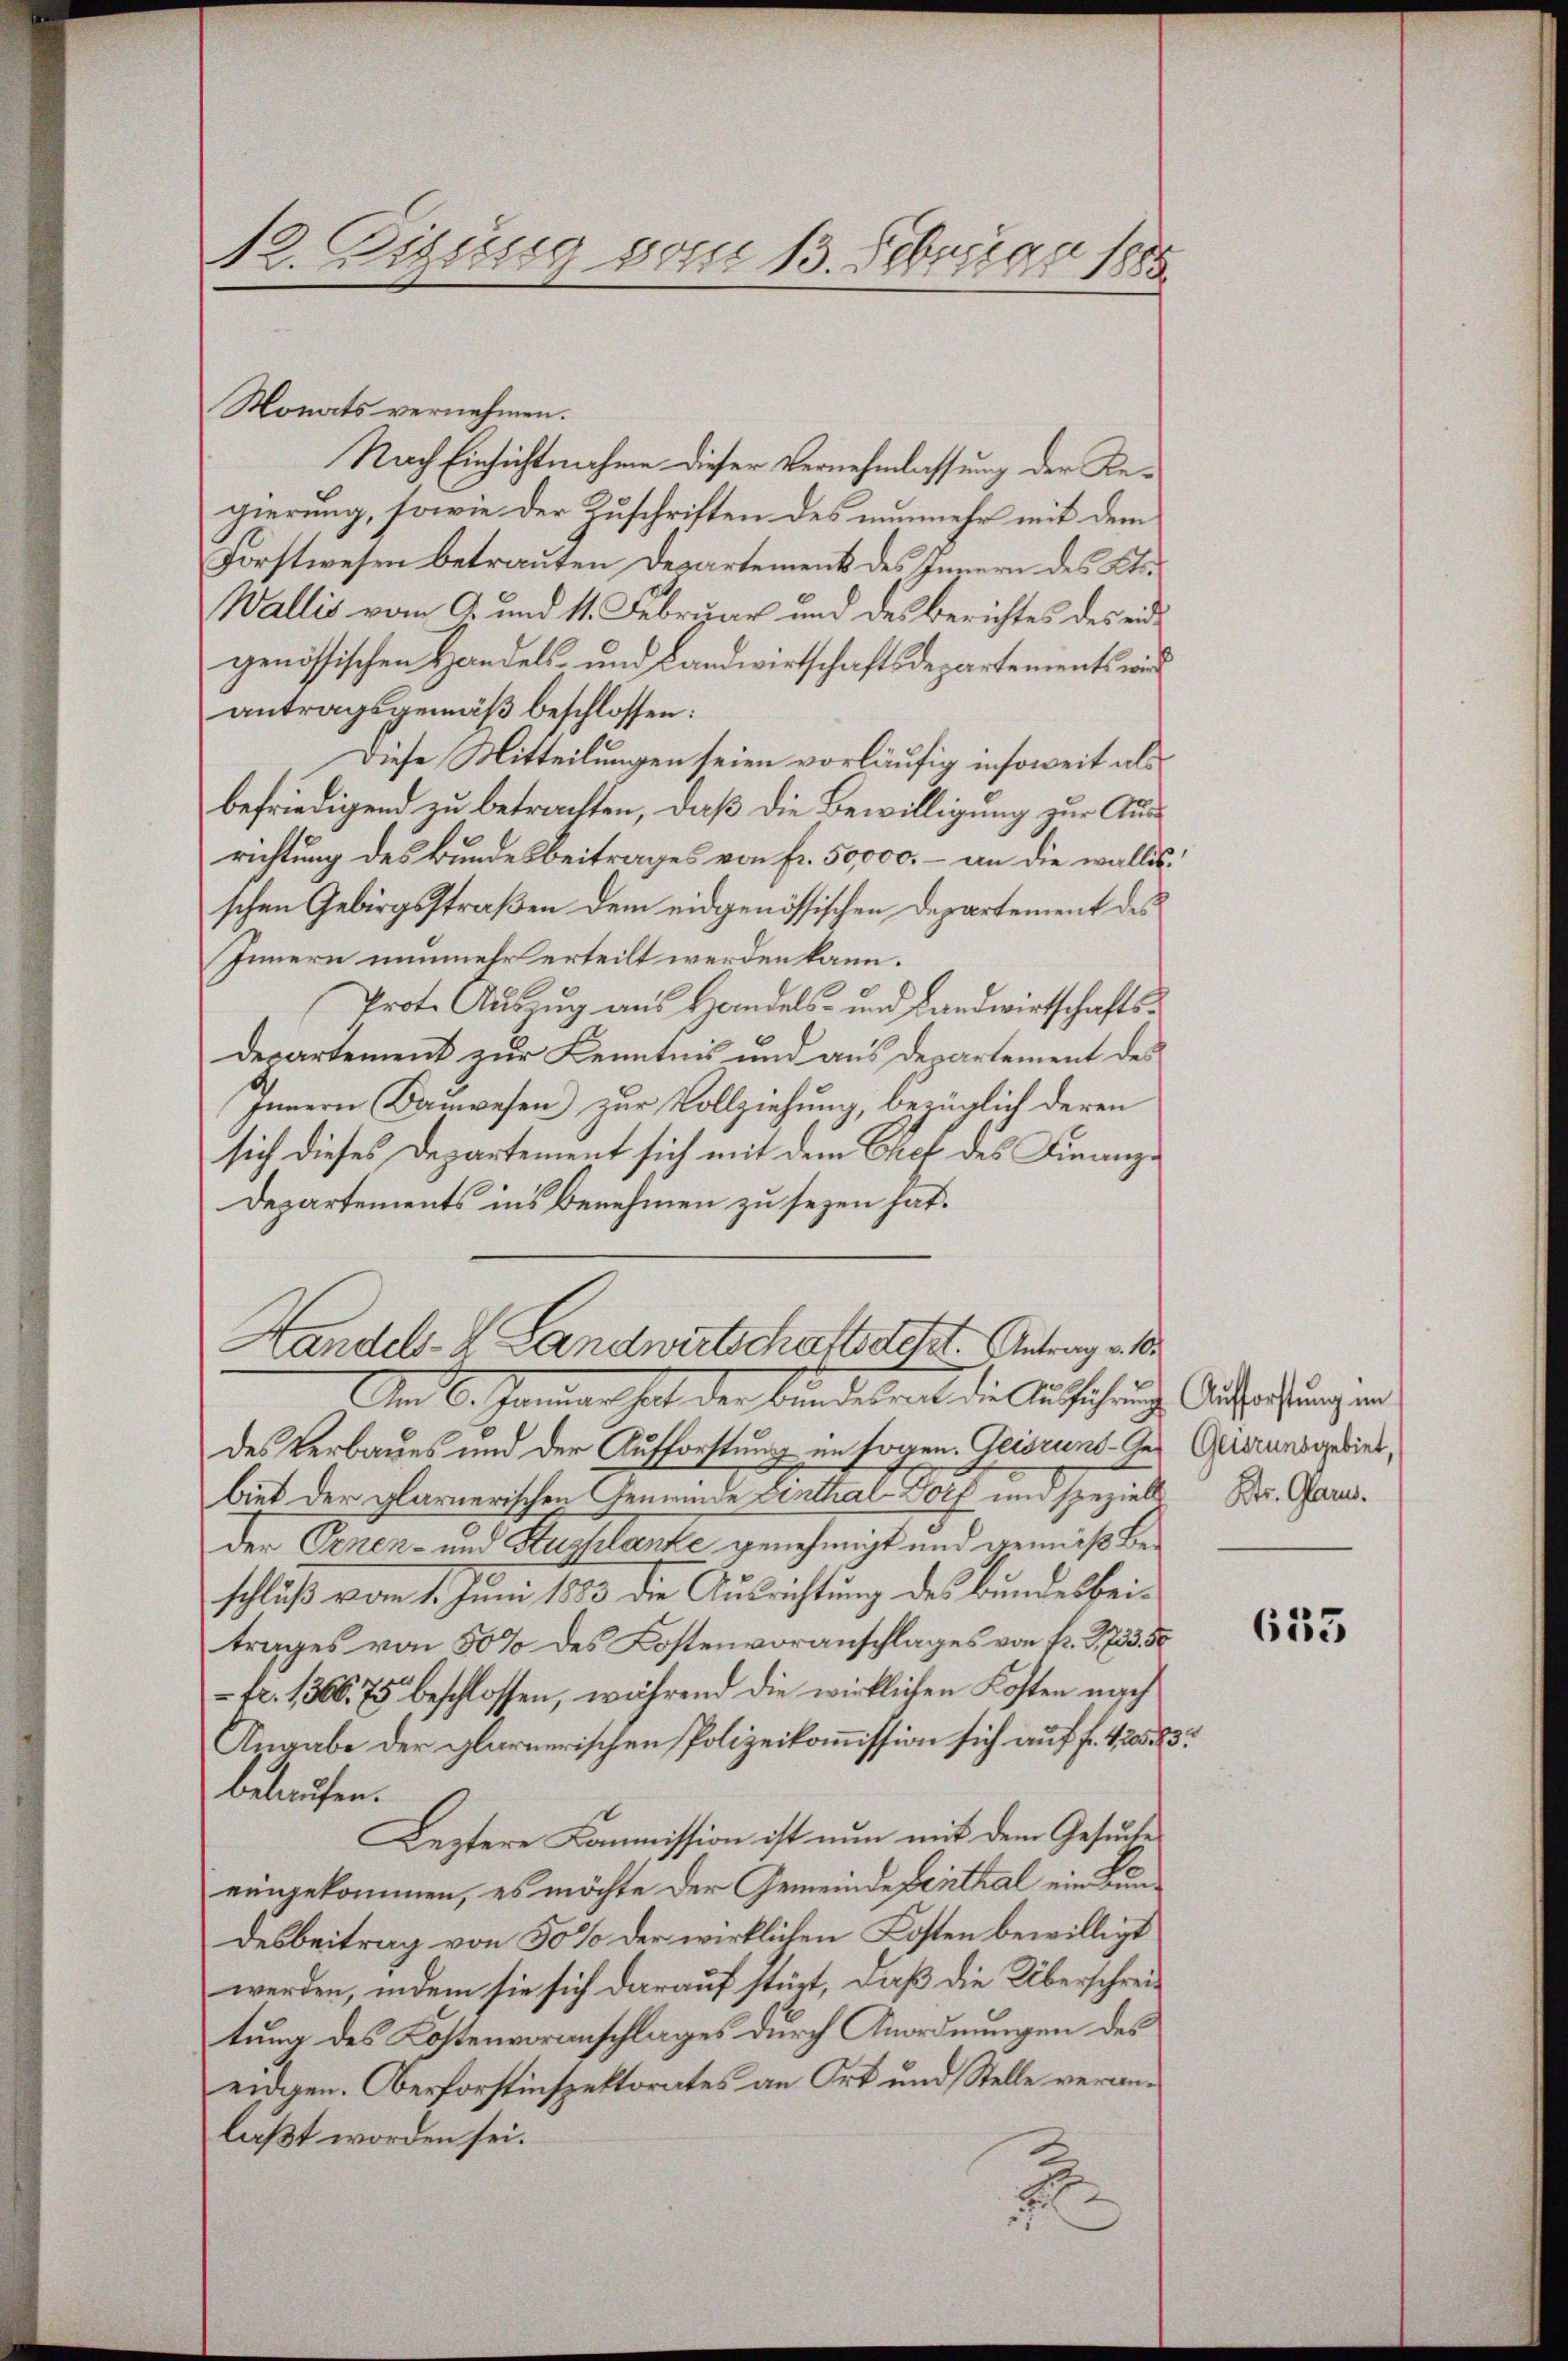
R. G
igung vom 13. Februar 1885

Monats vernehmen.
Nach Einsichtnahme dieser Vernehmlassung der Regierung, sowie der Zuschriften des nunmehr mit dem
Forstwesen betrauten Departement des Innern des Kts.
Wallis vom 9. und 11. Februar und des Berichtes des eid
genössischen Handels- und Landwirtschaftsdepartements wird
antragsgemäß beschlossen:
Diese Mitteilungen seien vorläufig insoweit als
befriedigend zu betrachten, daß die Bewilligung zur Ausrichtung des Bundesbeitrages von fr. 50,000. – an die wallisschen Gebirgsstraßen dem eidgenössischen Departement des
Innern nunmehr erteilt werden kann.
Prote Auszug aus Handels- und Landwirtschafts¬
Departement zur Kenntnis und aus departement des
Innern Bauwesen zur Vollziehung, bezüglich deren
sich dieses Departement sich mit dem Chef des Finanze
Departements ins benehmen zu sezen hat.
Handels- & Landwirtschaftsdest. Antrag an d
Ien 6. Jänner hat der Bunderseit die Ausführunge Aufrechung ein
des Verbaues und der Aufforstung im sogen. Geisrund Ges. Glierunsgebiet,
biet der glarnerischen Gemeinde Linthal-Wolf und spezielt Dr. Gausder Ornen- und Kuchlanke genehmigt und gemeiß Be-
schluß vom 1. Juni 1883 die Ausrichtung des Bundesbeitrages von 50% des Kostenvoranschlages von Fr. 1733. 50
 fr. 1368. 75 beschlossen, während die wirklichen Kosten nach
Angabe der glarnerischen Polizeikommission sich auf fl. 423.
belaufen.
Leztere Commission ist nun mit dem Gesuche
eingekommen, es möchte der Gemeinde Linthal ein Kundesbeitrag von 50% der wirklichen Kosten bewilligt
werden, indem sie sich darauf stürt, daß die Überschreitung des Kostenvoranschlages durch Anordnungen des
eidgen. Oberforstinspektorates an Ort und Stelle veranlaßt worden sei.
.

3

633